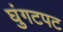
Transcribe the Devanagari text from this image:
घुंगटपट